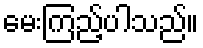
မေးကြည့်ပါသည်။